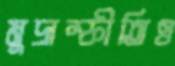
মুদ্রাস্ফীতিও